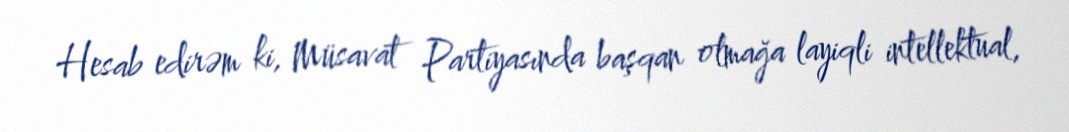
Hesab edirəm ki, Müsavat Partiyasında başqan olmağa layiqli intellektual,